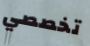
تخصصي